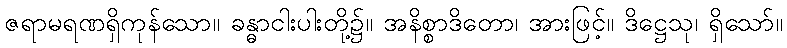
ဇရာမရဏရှိကုန်သော။ ခန္ဓာငါးပါးတို့၌။ အနိစ္စာဒိတော၊ အားဖြင့်။ ဒိဋ္ဌေသု၊ ရှိသော်။